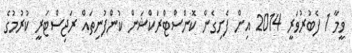
ވީމާ 1 ފެބުރުވަރީ 2014 އިން ފެށިގެން ކޮންސްޓްރަކްޝަން ކުންފުނިތައް ރަޖިސްޓަރީ ކުރުމުގެ